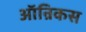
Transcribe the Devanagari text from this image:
ऑन्रिकस